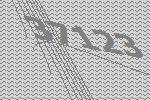
37123